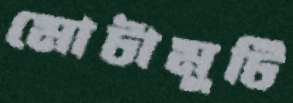
মোটামুটি